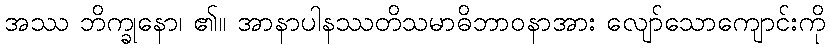
အဿ ဘိက္ခုနော၊ ၏။ အာနာပါနဿတိသမာဓိဘာဝနာအား လျော်သောကျောင်းကို